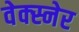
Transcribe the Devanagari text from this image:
वेक्स्नेर